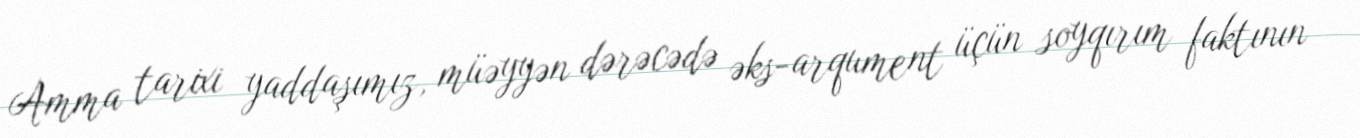
Amma tarixi yaddaşımız, müəyyən dərəcədə əks-arqument üçün soyqırım faktının